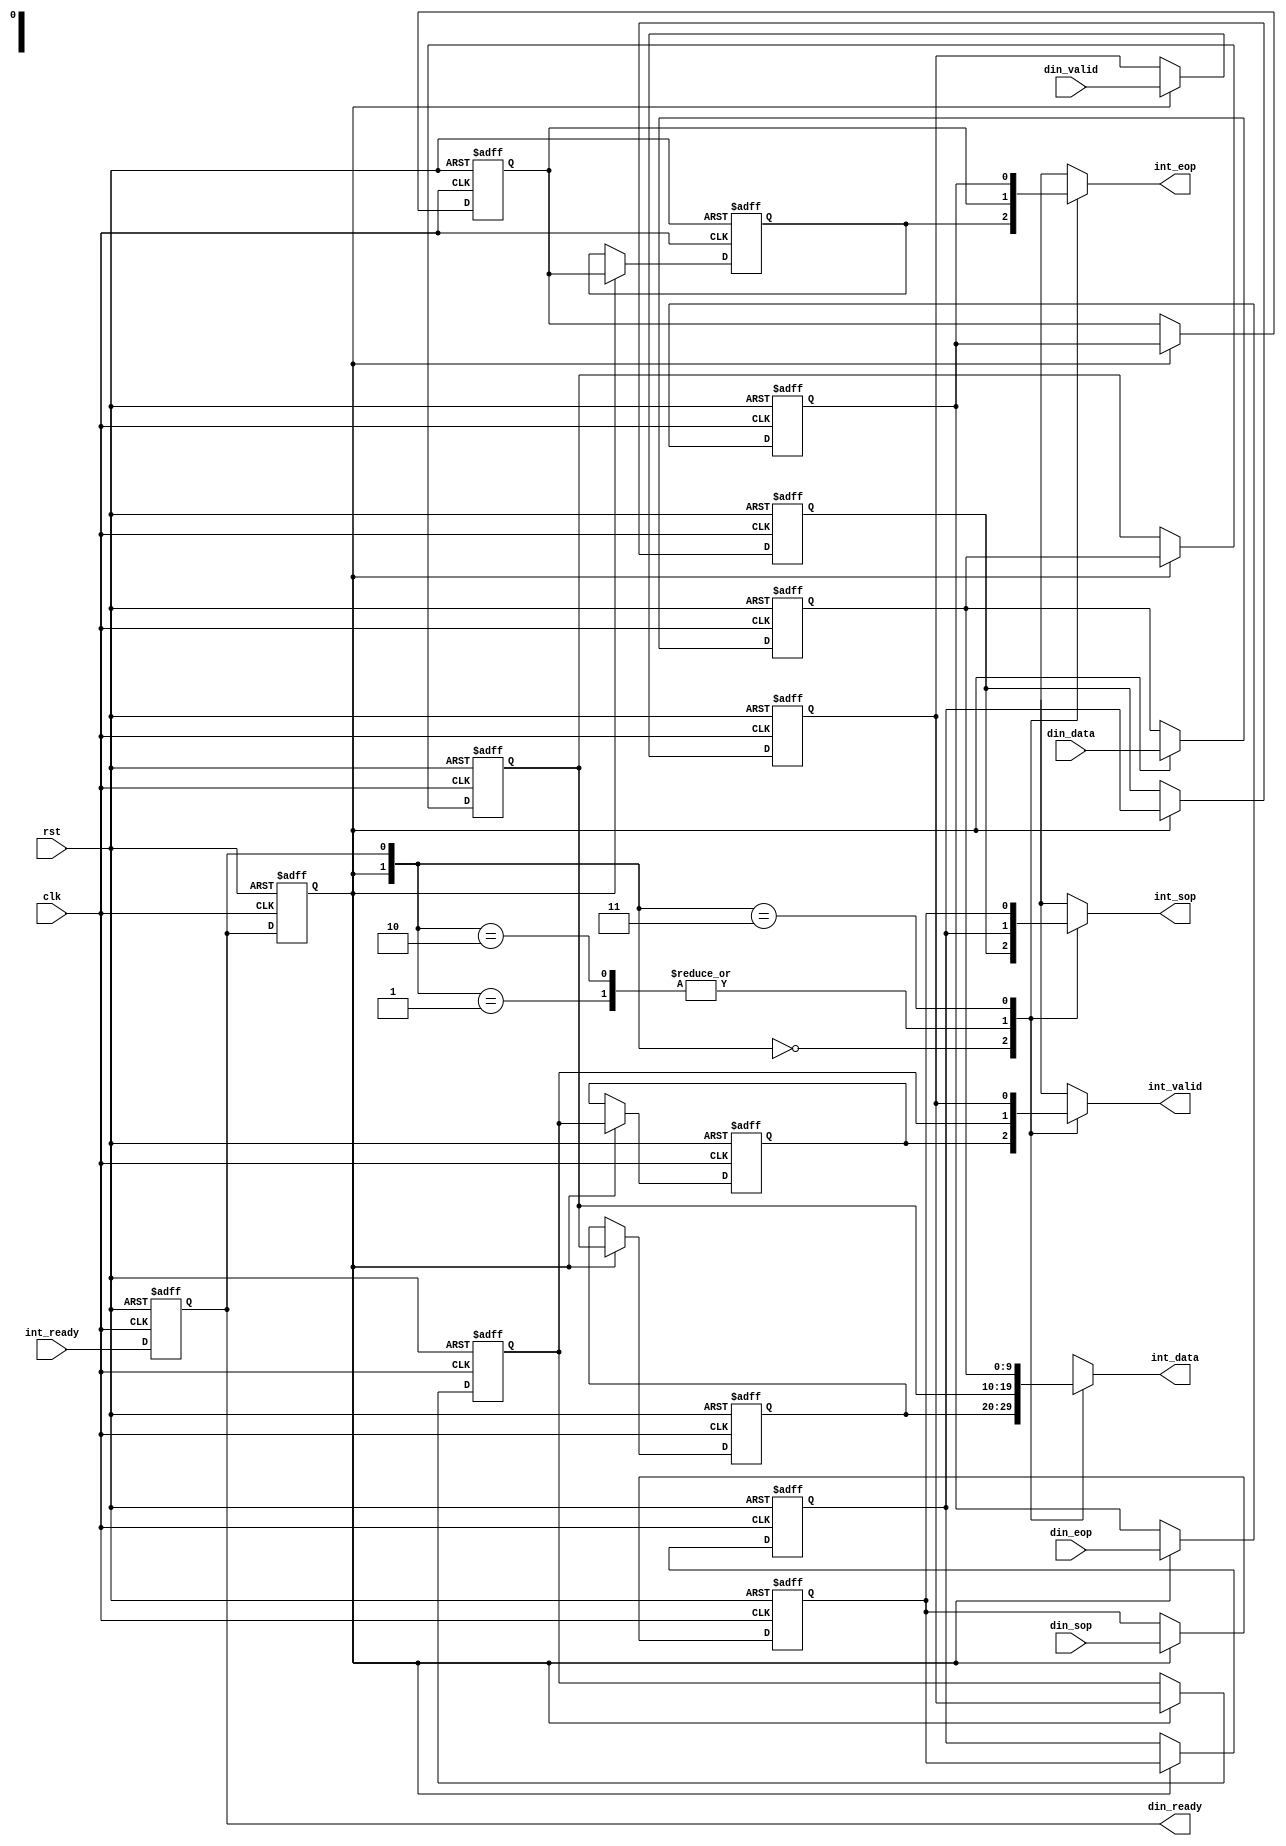
// (C) 2001-2016 Altera Corporation. All rights reserved.
// Your use of Altera Corporation's design tools, logic functions and other 
// software and tools, and its AMPP partner logic functions, and any output 
// files any of the foregoing (including device programming or simulation 
// files), and any associated documentation or information are expressly subject 
// to the terms and conditions of the Altera Program License Subscription 
// Agreement, Altera MegaCore Function License Agreement, or other applicable 
// license agreement, including, without limitation, that your use is for the 
// sole purpose of programming logic devices manufactured by Altera and sold by 
// Altera or its authorized distributors.  Please refer to the applicable 
// agreement for further details.


module alt_vip_common_stream_input
    #(parameter
        DATA_WIDTH = 10)
    (
    input wire rst,
    input wire clk,
    
    // din
    output  wire                    din_ready,
    input   wire                    din_valid,
    input   wire [DATA_WIDTH-1:0]   din_data,
    input   wire                    din_sop,
    input   wire                    din_eop,
    
    // internal
    input   wire                    int_ready,
    output  reg                     int_valid,
    output  reg  [DATA_WIDTH-1:0]   int_data,
    output  reg                     int_sop,
    output  reg                     int_eop);

reg                     din_valid_reg;
reg [DATA_WIDTH-1:0]    din_data_reg;
reg                     din_sop_reg;
reg                     din_eop_reg;

reg                     din_valid_buf1_reg;
reg [DATA_WIDTH-1:0]    din_data_buf1_reg;
reg                     din_sop_buf1_reg;
reg                     din_eop_buf1_reg; 

reg                     din_valid_buf2_reg;
reg [DATA_WIDTH-1:0]    din_data_buf2_reg;
reg                     din_sop_buf2_reg;
reg                     din_eop_buf2_reg; 

reg                     int_ready_reg1;
reg                     int_ready_reg2;

// Buffer the input as we have a ready latency of 1 and are registering
// the ready output.
always @ (posedge clk or posedge rst) begin
    if(rst) begin
        din_valid_reg <= 1'b0;
        din_data_reg <= {DATA_WIDTH{1'b0}};
        din_sop_reg <= 1'b0;
        din_eop_reg <= 1'b0;
            
        din_valid_buf1_reg <= 1'b0;
        din_data_buf1_reg <= {DATA_WIDTH{1'b0}};
        din_sop_buf1_reg <= 1'b0;
        din_eop_buf1_reg <= 1'b0;
        
        din_valid_buf2_reg <= 1'b0;
        din_data_buf2_reg <= {DATA_WIDTH{1'b0}};
        din_sop_buf2_reg <= 1'b0;
        din_eop_buf2_reg <= 1'b0;
    end else begin
        if(int_ready_reg2) begin
            din_valid_reg <= din_valid;
            din_data_reg <= din_data;
            din_sop_reg <= din_sop;
            din_eop_reg <= din_eop;
                
            din_valid_buf1_reg <= din_valid_reg;
            din_data_buf1_reg <= din_data_reg;
            din_sop_buf1_reg <= din_sop_reg;
            din_eop_buf1_reg <= din_eop_reg;
                
            din_valid_buf2_reg <= din_valid_buf1_reg;
            din_data_buf2_reg <= din_data_buf1_reg;
            din_sop_buf2_reg <= din_sop_buf1_reg;
            din_eop_buf2_reg <= din_eop_buf1_reg;
        end
    end
end

always @ (posedge clk or posedge rst) begin
    if(rst) begin
        int_ready_reg1 <= 1'b0;
        int_ready_reg2 <= 1'b0;
    end else begin
        int_ready_reg1 <= int_ready;
        int_ready_reg2 <= int_ready_reg1;
    end
end

assign din_ready = int_ready_reg1;

// Select the correct buffer to feed through.
// reg2    reg1    reg    |    select    reg     buf1    buf2 
// 0       0       0      |    x         0       0       0
// 0       0       1      |    buf2      0       0       0
// 0       1       0      |    x         0       0       x
// 0       1       1      |    buf1      0       0       x
// 1       0       0      |    x         1       1       1
// 1       0       1      |    buf1      1       1       x
// 1       1       0      |    x         1       1       x
// 1       1       1      |    reg       1       x       x
always @ (int_ready_reg1 or int_ready_reg2 or 
          din_valid_reg or din_valid_buf1_reg or din_valid_buf2_reg or
          din_data_reg or din_data_buf1_reg or din_data_buf2_reg or
          din_sop_reg or din_sop_buf1_reg or din_sop_buf2_reg or
          din_eop_reg or din_eop_buf1_reg or din_eop_buf2_reg) begin
    case({int_ready_reg2, int_ready_reg1})
        2'b00: begin
                   int_valid <= din_valid_buf2_reg;
                   int_data <= din_data_buf2_reg;
                   int_sop <= din_sop_buf2_reg;
                   int_eop <= din_eop_buf2_reg;
               end
        2'b01: begin
                   int_valid <= din_valid_buf1_reg;
                   int_data <= din_data_buf1_reg;
                   int_sop <= din_sop_buf1_reg;
                   int_eop <= din_eop_buf1_reg;
               end
        2'b10: begin
                   int_valid <= din_valid_buf1_reg;
                   int_data <= din_data_buf1_reg;
                   int_sop <= din_sop_buf1_reg;
                   int_eop <= din_eop_buf1_reg;
               end
        2'b11: begin
                   int_valid <= din_valid_reg;
                   int_data <= din_data_reg;
                   int_sop <= din_sop_reg;
                   int_eop <= din_eop_reg;
               end
    endcase
end

endmodule